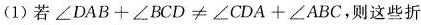
（1）若$$∠ D A B + ∠ B C D ≠ ∠ C D A + ∠ A B C$$，则这些折